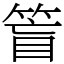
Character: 䈍